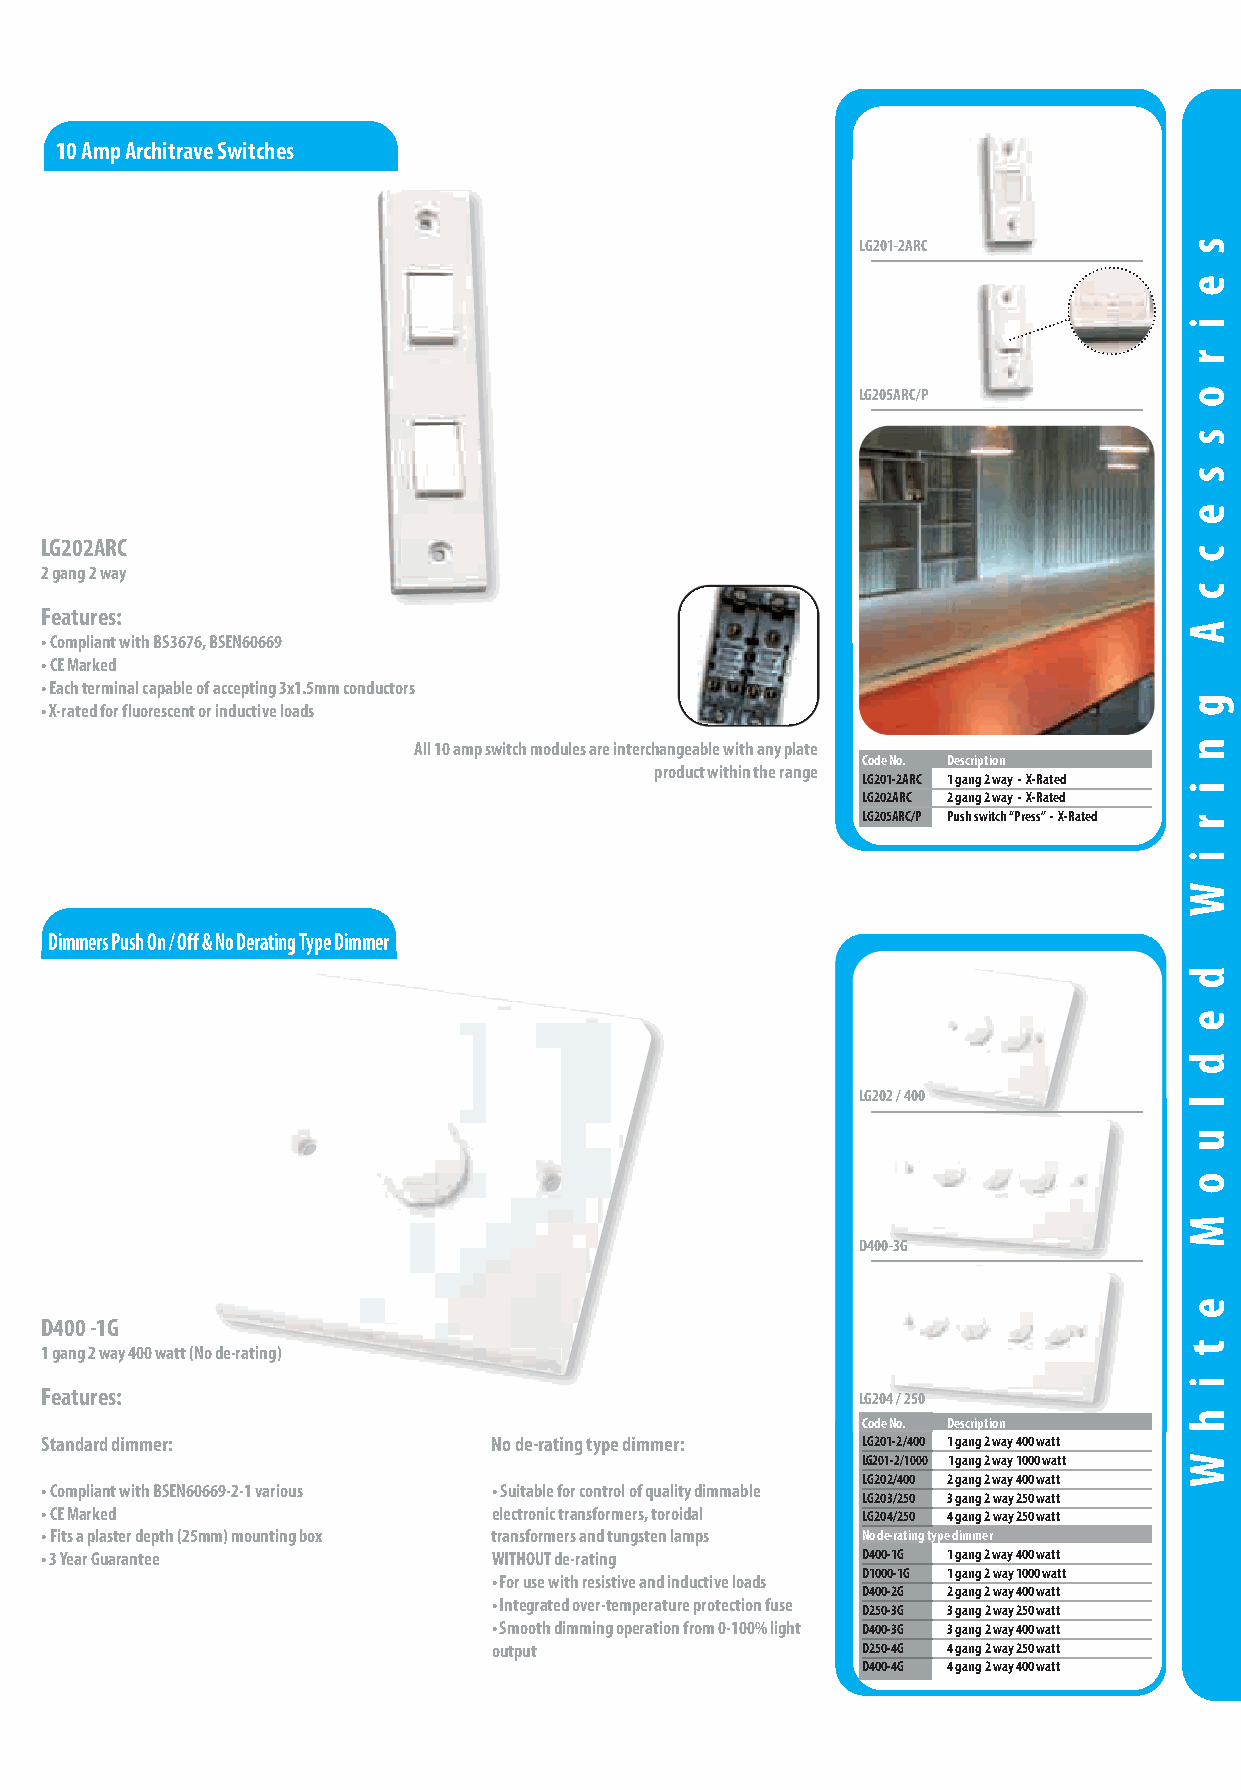
White Moulded Wiring Accessories
 10 Amp Architrave Switches
 LG201-2ARC
 LG205ARC/P
 LG202ARC
 2 gang 2 way
 Features:
 • Compliant with BS3676, BSEN60669
 • CE Marked
 • Each terminal capable of accepting 3x1.5mm conductors
 • X-rated for fluorescent or inductive loads
 All 10 amp switch modules are interchangeable with any plate
 Code No. Description
 product within the range
 LG201-2ARC 1 gang 2 way - X-Rated
 LG202ARC 2 gang 2 way - X-Rated
 LG205ARC/P Push switch “Press” - X-Rated
 Dimmers Push On / Off & No Derating Type Dimmer
 LG202 / 400
 D400-3G
 D400 -1G
 1 gang 2 way 400 watt (No de-rating)
 Features:                                             LG204 / 250
 Code No. Description
 Standard dimmer:              No de-rating type dimmer: LG201-2/400 1 gang 2 way 400 watt
 LG201-2/1000 1 gang 2 way 1000 watt
 LG202/400 2 gang 2 way 400 watt
 • Compliant with BSEN60669-2-1 various • Suitable for control of quality dimmable
 LG203/250 3 gang 2 way 250 watt
 • CE Marked                   electronic transformers, toroidal LG204/250 4 gang 2 way 250 watt
 • Fits a plaster depth (25mm) mounting box transformers and tungsten lamps No de-rating type dimmer
 • 3 Year Guarantee            WITHOUT de-rating       D400-1G 1 gang 2 way 400 watt
 D1000-1G 1 gang 2 way 1000 watt
 • For use with resistive and inductive loads
 D400-2G 2 gang 2 way 400 watt
 • Integrated over-temperature protection fuse
 D250-3G 3 gang 2 way 250 watt
 • Smooth dimming operation from 0-100% light D400-3G 3 gang 2 way 400 watt
 output                  D250-4G 4 gang 2 way 250 watt
 D400-4G 4 gang 2 way 400 watt
 call to order +44 (0)161 745 7777 fax to order +44 (0)161 745 2777 email: sales@selectricuk.co.uk website: www.selectricuk.co.uk 13
 s
 e
 i
 r
 o
 s
 s
 e
 c
 c
 A
 g
 n
 i
 r
 i
 W
 d
 e
 d
 l
 u
 o
 M
 e
 t
 i
 h
 W